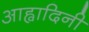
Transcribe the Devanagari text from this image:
आह्वादिनी